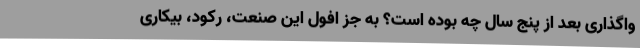
واگذاری بعد از پنج سال چه بوده است؟ به جز افول این صنعت، رکود، بیکاری